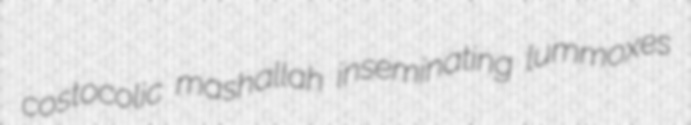
costocolic mashallah inseminating lummoxes